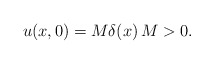
\begin{align*}u(x,0) = M\delta(x)\, M>0.\end{align*}